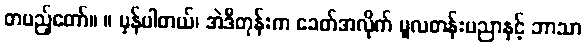
တပည့်တော်။ ။ မှန်ပါတယ်၊ အဲဒီတုန်းက ခေတ်အလိုက် မူလတန်းပညာနှင့် ဘာသာ